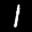
Label: 1